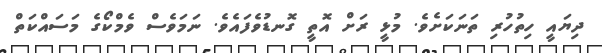
ދިޔައީ ހިތުހުރި ތަނަކަށެވެ. މުޅީ ރަށް އޮތީ ގޮނޑުވެފައެވެ. ނަމަވެސް ވެމްކޯގެ މަސައްކަތް